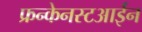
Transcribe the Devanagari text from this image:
फ्रन्केनस्टआईन